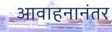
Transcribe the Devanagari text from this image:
आवाहनानंतर